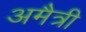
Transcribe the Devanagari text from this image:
अमैत्री